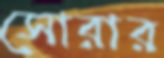
সোরার